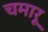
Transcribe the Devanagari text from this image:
चमारू